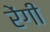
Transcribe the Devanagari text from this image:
रेंगी